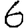
Digit: 6